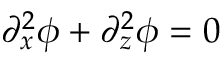
\partial _ { x } ^ { 2 } \phi + \partial _ { z } ^ { 2 } \phi = 0